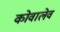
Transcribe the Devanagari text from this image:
कोवालेव